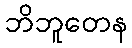
ဘိဘူတေန